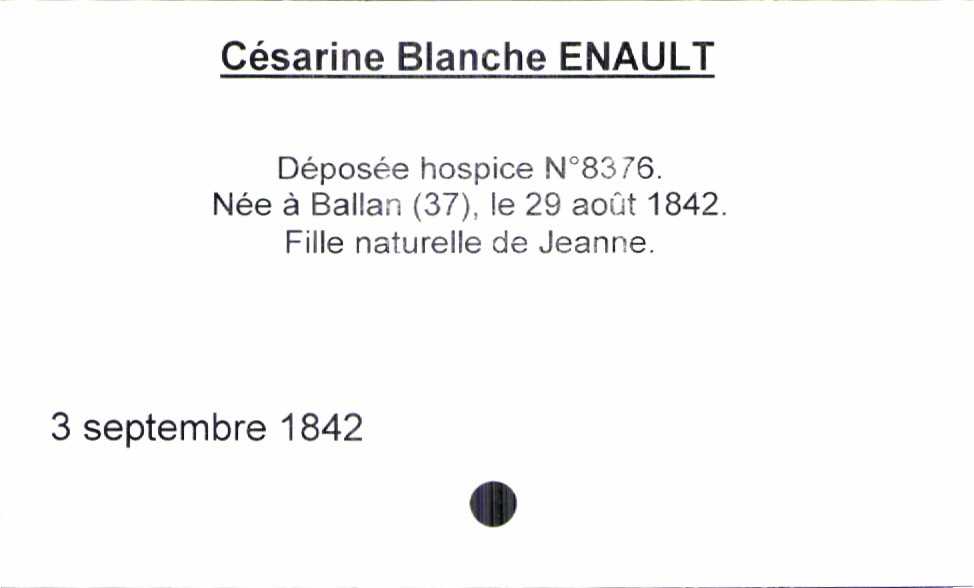
type_acte: Baptême
observations: Née le 29 août 1842, Déposée à l'hospice
filiation: fille
enfant_prénom: Césarine Blanche
enfant_date_de_naissance: 3 septembre 1842
enfant_lieu_de_naissance: Ballan (37)
mère_enfant_nom: Enault
mère_enfant_prénom: Jeanne